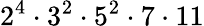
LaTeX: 2^{4}\cdot 3^{2}\cdot 5^{2}\cdot 7\cdot 11